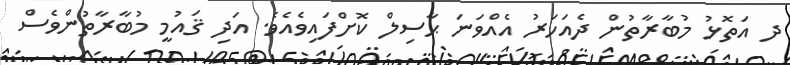
ދ އަތޮޅު މުބާރާތުން ދެއަހަރު އެއްވަނަ ޙާސިލް ކޮށްފައިވެއެވެ. އަދި ޤައުމީ މުބާރާތުންވެސް